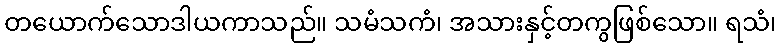
တယောက်သောဒါယကာသည်။ သမံသကံ၊ အသားနှင့်တကွဖြစ်သော။ ရသံ၊